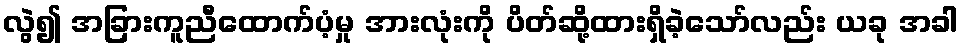
လွဲ၍ အခြားကူညီထောက်ပံ့မှု အားလုံးကို ပိတ်ဆို့ထားရှိခဲ့သော်လည်း ယခု အခါ